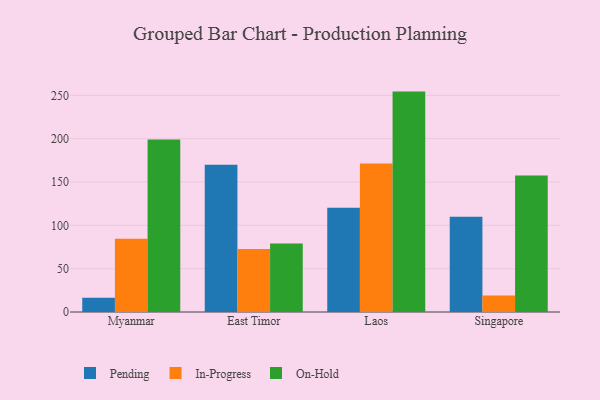
{"axis": {"x": "Country", "y": "Conversion Rate (%)"}, "legend": ["In-Progress", "On-Hold", "Pending"], "data": [{"x": "Myanmar", "y": 16.5, "type": "Pending"}, {"x": "Myanmar", "y": 84.6, "type": "In-Progress"}, {"x": "Myanmar", "y": 198.9, "type": "On-Hold"}, {"x": "East Timor", "y": 170.0, "type": "Pending"}, {"x": "East Timor", "y": 72.8, "type": "In-Progress"}, {"x": "East Timor", "y": 78.9, "type": "On-Hold"}, {"x": "Laos", "y": 120.3, "type": "Pending"}, {"x": "Laos", "y": 171.3, "type": "In-Progress"}, {"x": "Laos", "y": 254.3, "type": "On-Hold"}, {"x": "Singapore", "y": 110.0, "type": "Pending"}, {"x": "Singapore", "y": 18.9, "type": "In-Progress"}, {"x": "Singapore", "y": 157.6, "type": "On-Hold"}]}